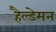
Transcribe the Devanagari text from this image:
हैल्डेमन